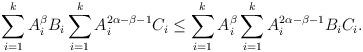
LaTeX: \begin{align*}\sum\limits_{i = 1}^k {A_i^\beta {B_i}}\sum\limits_{i = 1}^k {A_i^{2\alpha - \beta - 1}{C_i}} \le\sum\limits_{i = 1}^k {A_i^\beta } \sum\limits_{i = 1}^k{A_i^{2\alpha - \beta - 1}{B_i}{C_i}}. \end{align*}